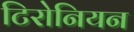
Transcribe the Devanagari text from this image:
टिरोनियन